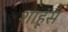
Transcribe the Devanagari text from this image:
शाहूंस